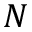
N